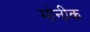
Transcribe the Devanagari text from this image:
मोनीक